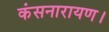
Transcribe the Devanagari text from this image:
कंसनारायण।